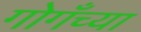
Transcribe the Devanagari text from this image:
गोगँच्या